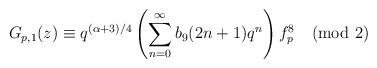
LaTeX: \begin{align*}G_{p,1}(z)\equiv q^{(\alpha+3)/4}\left(\sum_{n=0}^{\infty}b_9(2n+1)q^{n}\right) f^{8}_{p}\pmod{2}\end{align*}